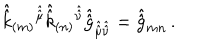
LaTeX: \hat { \hat { k } } _ { ( m ) } { } ^ { \hat { \hat { \mu } } } \hat { \hat { k } } _ { ( n ) } { } ^ { \hat { \hat { \nu } } } \hat { \hat { g } } _ { \hat { \hat { \mu } } \hat { \hat { \nu } } } = \hat { \hat { g } } _ { m n } \, .